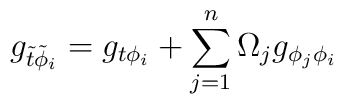
g_{\tilde{t} \tilde{\phi}_i}= g_{t\phi_i} + \sum_{j=1}^n \Omega_j g_{\phi_j \phi_i }